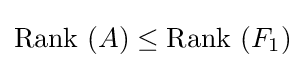
{\text{Rank }}(A)\leq {\text{Rank }}(F_{1})